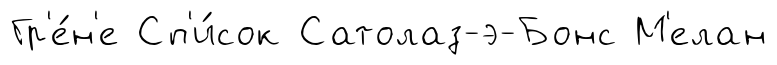
Гр'е́н'е Сп'и́сок Сатолаз-э-Бонс М'елан